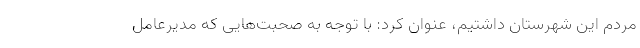
مردم این شهرستان داشتیم، عنوان کرد: با توجه به صحبت‌هایی که مدیرعامل